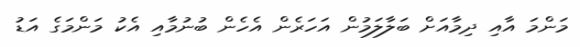
މަންމަ އާއި ދިމާއަށް ބަލާލަމުން އަހަރެން އެހެން ބުނުމާއި އެކު މަންމަގެ އަޑު